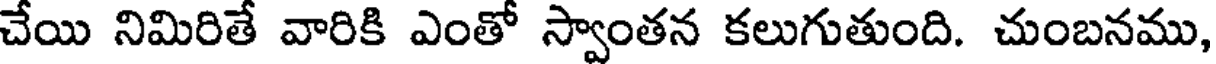
చేయి నిమిరితే వారికి ఎంతో స్వాంతన కలుగుతుంది. చుంబనము,